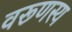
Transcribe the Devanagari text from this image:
वरूणस्य